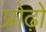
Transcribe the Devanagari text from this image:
प्रोढ़ों